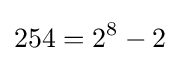
254=2^{8}-2